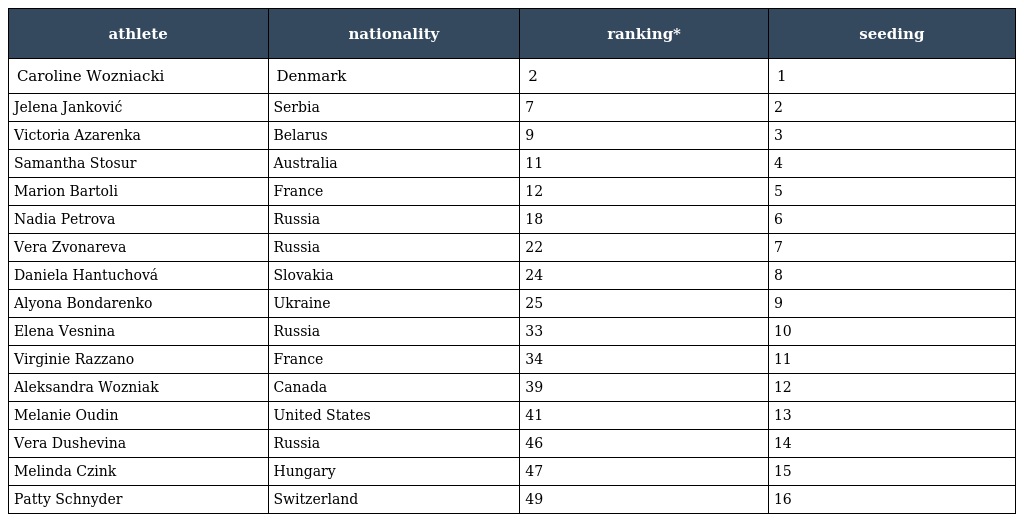
| athlete | nationality | ranking* | seeding |
 | --- | --- | --- | --- |
 | Caroline Wozniacki | Denmark | 2 | 1 |
 | Jelena Janković | Serbia | 7 | 2 |
 | Victoria Azarenka | Belarus | 9 | 3 |
 | Samantha Stosur | Australia | 11 | 4 |
 | Marion Bartoli | France | 12 | 5 |
 | Nadia Petrova | Russia | 18 | 6 |
 | Vera Zvonareva | Russia | 22 | 7 |
 | Daniela Hantuchová | Slovakia | 24 | 8 |
 | Alyona Bondarenko | Ukraine | 25 | 9 |
 | Elena Vesnina | Russia | 33 | 10 |
 | Virginie Razzano | France | 34 | 11 |
 | Aleksandra Wozniak | Canada | 39 | 12 |
 | Melanie Oudin | United States | 41 | 13 |
 | Vera Dushevina | Russia | 46 | 14 |
 | Melinda Czink | Hungary | 47 | 15 |
 | Patty Schnyder | Switzerland | 49 | 16 |